Civil Veterinary Department Bihar & Orissa reports 1922-29 - 1922-1929
Year: 1922
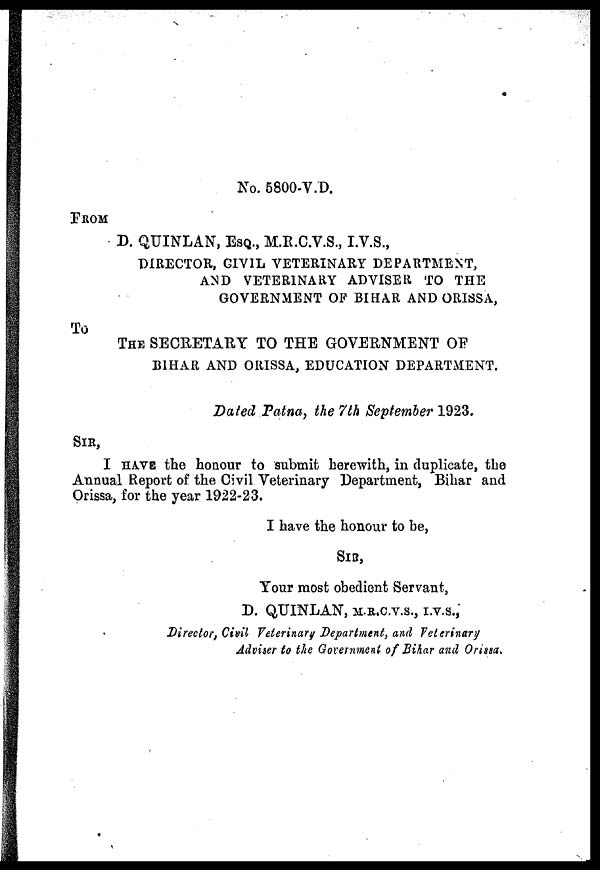
No. 5800-V.D.
FROM
D. QUINLAN, ESQ., M.R.C.V.S., I.V.S.,
DIRECTOR, CIVIL VETERINARY DEPARTMENT,
AND VETERINARY ADVISER TO THE
GOVERNMENT OF BIHAR AND ORISSA,
To
THE SECRETARY TO THE GOVERNMENT OF
BIHAR AND ORISSA, EDUCATION DEPARTMENT.
Bated Patna, the 7 th September 1923,
SIR,
I HAVE the honour to submit herewith, in duplicate, the
Annual Report of the Civil Veterinary Department, Bihar and
Orissa, for the year 1922-23.
I have the honour to he,
SIR,
Your most obedient Servant,
D. QUINLAN, M.R.C.V.S., I.V.S.,
Director, Civil Veterinary Department, and Veterinary
Adviser to the Government of Bihar and Orissa.